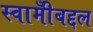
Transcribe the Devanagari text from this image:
स्वामीँबद्दल